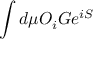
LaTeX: \int d \mu O _ { i } G e ^ { i S }